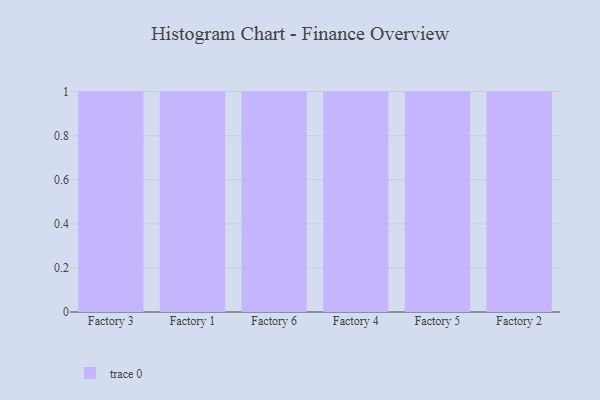
{"axis": {"x": "Factory", "y": "Headcount"}, "legend": [""], "data": [{"x": "Factory 3", "y": 76, "type": ""}, {"x": "Factory 1", "y": 2, "type": ""}, {"x": "Factory 6", "y": 30, "type": ""}, {"x": "Factory 4", "y": 25, "type": ""}, {"x": "Factory 5", "y": 86, "type": ""}, {"x": "Factory 2", "y": 63, "type": ""}]}